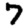
Digit: 7